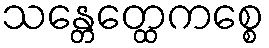
သန္တေတ္ထေကစ္စေ